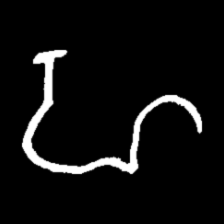
Pyu character \u2014 Myanmar letter: ဟ (romanized: ha)